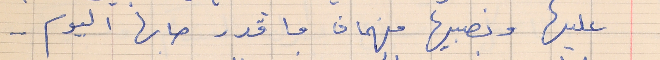
عليها وبصيبها فهمان ما قدر صابها اليوم . .